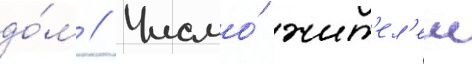
до́м // Число́ жит'ел'еи